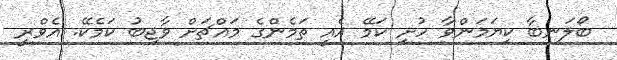
ބޯލަނބާ ކިޔަމަންވާ ހުށި ކަމޭ އެއީ ތަމެންގެ މައްޗަށް ވާޖިބު ކަމެކޭ. އެވްރީ